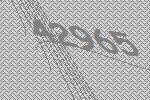
42965